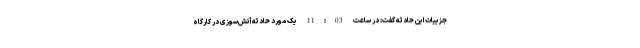
جزییات این حادثه گفت: در ساعت 11:03 یک مورد حادثه آتش‌سوزی در کارگاه